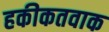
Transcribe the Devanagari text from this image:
हकीकतवाक